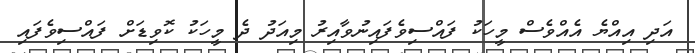
އަދި އިއްޔެ އެއްވެސް މީހަކު ފައްސިވެފައިނުވާއިރު މިއަދު ދެ މީހަކު ކޮވިޑަށް ފައްސިވެފައި